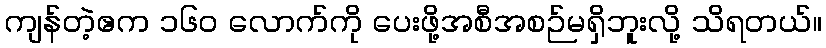
ကျန်တဲ့ဧက ၁၆၀ လောက်ကို ပေးဖို့အစီအစဉ်မရှိဘူးလို့ သိရတယ်။